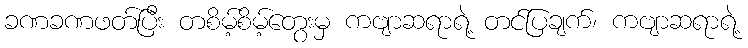
ခဏခဏဖတ်ပြီး တစိမ့်စိမ့်တွေးမှ ကဗျာဆရာရဲ့ တင်ပြချက်၊ ကဗျာဆရာရဲ့